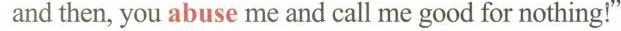
and then, you abuse me and call me good for nothing!"